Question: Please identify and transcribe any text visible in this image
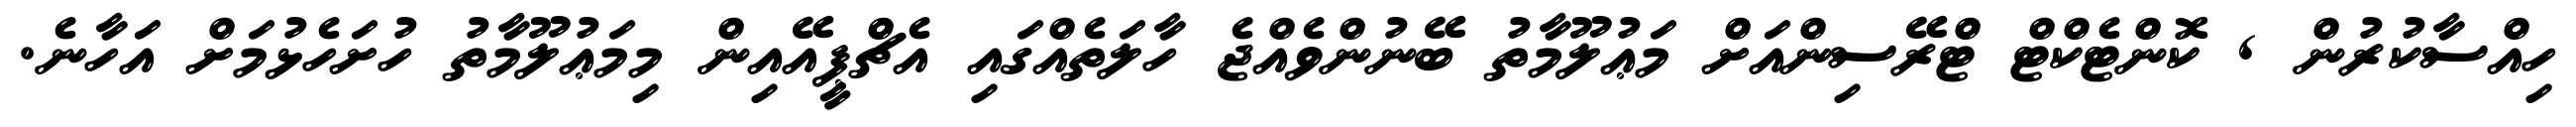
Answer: ހިއްސާކުރުން , ކޮންޓެކްޓް ޓްރޭސިންއަށް މަޢުލޫމާތު ބޭނުންވެއްޖެ ހާލަތެއްގައި އެޗްޕީއޭއިން މިމަޢުލޫމާތު ހުށަހެޅުމަށް އަހާނެ.